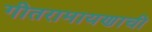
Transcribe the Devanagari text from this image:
गीतरामायणाची